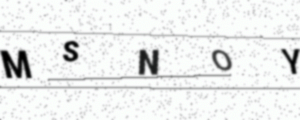
Text: MSNOY